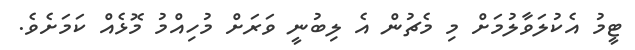
ޓީމު އެކުލަވާލުމަށް މި މެޗުން އެ ލިބުނީ ވަރަށް މުހިއްމު މޮޅެއް ކަމަށެވެ.